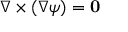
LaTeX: \nabla \times ( \nabla \psi ) = \mathbf { 0 }